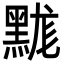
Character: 䵨